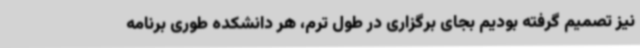
نیز تصمیم گرفته بودیم بجای برگزاری در طول ترم، هر دانشکده طوری برنامه